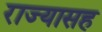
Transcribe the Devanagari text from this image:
राज्यासह